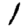
Digit: 1